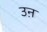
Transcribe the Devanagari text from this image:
उऩ